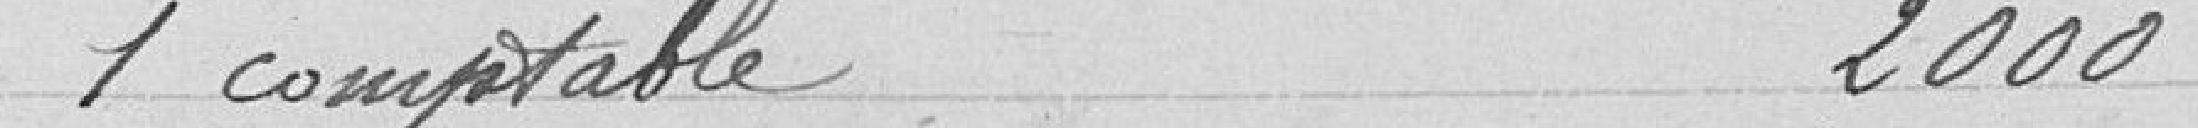
1 comptable 2000